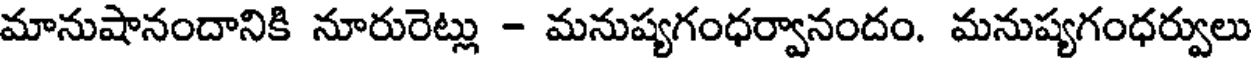
మానుషానందానికి నూరురెట్లు - మనుష్యగంధర్వానందం. మనుష్యగంధర్వులు